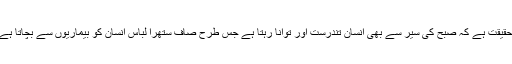
صاف ستھرا رہنے سے انسان بیماریوں سے محفوظ رہتا ہے اور یہ بھی حقیقت ہے کہ صبح کی سیر سے بھی انسان تندرست اور توانا رہتا ہے جس طرح صاف ستھرا لباس انسان کو بیماریوں سے بچاتا ہے اسی طرح صبح کی سیر بھی انسان کو بیماریوں سے محفوظ رکھتی ہے۔